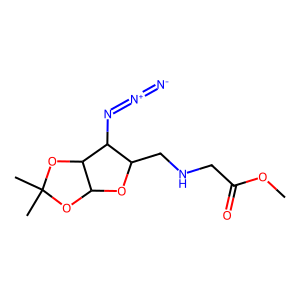
SMILES: COC(=O)CNCC1OC2OC(C)(C)OC2C1N=[N+]=[N-]
Inhibits HIV replication: No